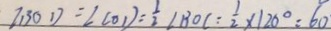
\angle B O D = \angle C O D = \frac { 1 } { 2 } \angle B O C = \frac { 1 } { 2 } \times 1 2 0 ^ { \circ } = 6 0